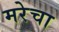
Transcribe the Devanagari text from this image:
मरेचा